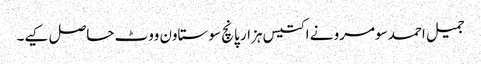
جمیل احمد سومرو نے اکتیس ہزار پانچ سو ستاون ووٹ حاصل کیے۔